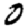
Digit: 0